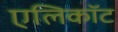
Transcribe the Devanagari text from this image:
एलिकॉट